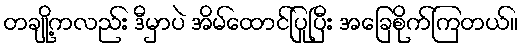
တချို့ကလည်း ဒီမှာပဲ အိမ်ထောင်ပြုပြီး အခြေစိုက်ကြတယ်။